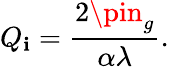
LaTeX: Q_{\mathbf{i}}=\frac{{2\pin_{g}}}{{\alpha\lambda}}.